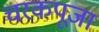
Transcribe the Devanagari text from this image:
चरकपूजा